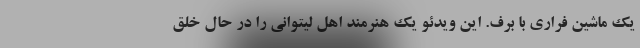
یک ماشین فراری با برف. این ویدئو یک هنرمند اهل لیتوانی را در حال خلق